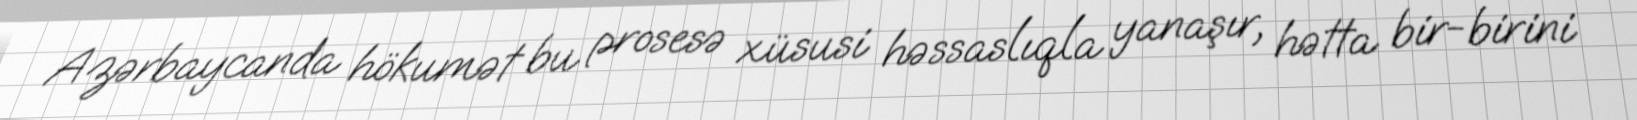
Azərbaycanda hökumət bu prosesə xüsusi həssaslıqla yanaşır, hətta bir-birini